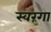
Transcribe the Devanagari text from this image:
स्वरंगा